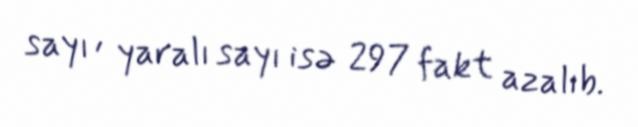
sayı , yaralı sayı isə 297 fakt azalıb.